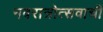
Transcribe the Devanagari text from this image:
नवरात्रोत्सवाची